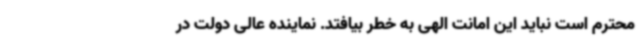
محترم است نباید این امانت الهی به خطر بیافتد. نماینده عالی دولت در